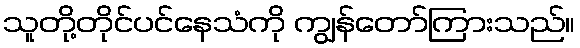
သူတို့တိုင်ပင်နေသံကို ကျွန်တော်ကြားသည်။